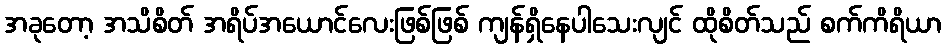
အခုတော့ အသိစိတ် အရိပ်အယောင်လေးဖြစ်ဖြစ် ကျန်ရှိနေပါသေးလျင် ထိုစိတ်သည် စက်ကိရိယာ